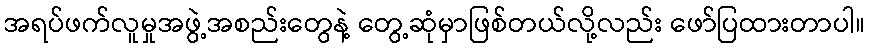
အရပ်ဖက်လူမှုအဖွဲ့အစည်းတွေနဲ့ တွေ့ဆုံမှာဖြစ်တယ်လို့လည်း ဖော်ပြထားတာပါ။